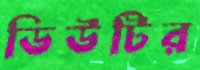
ডিউটির